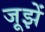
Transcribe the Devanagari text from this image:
जूझें